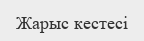
Жарыс кестесі